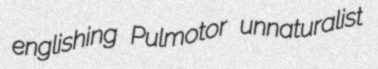
englishing Pulmotor unnaturalist